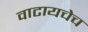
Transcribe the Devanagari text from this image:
वाटायचेच